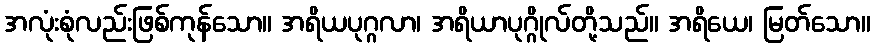
အလုံးစုံလည်းဖြစ်ကုန်သော။ အရိယပုဂ္ဂလာ၊ အရိယာပုဂ္ဂိုလ်တို့သည်။ အရိယေ၊ မြတ်သော။